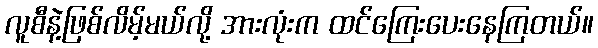
လူစီနဲ့ဖြစ်လိမ့်မယ်လို့ အားလုံးက ထင်ကြေးပေးနေကြတယ်။